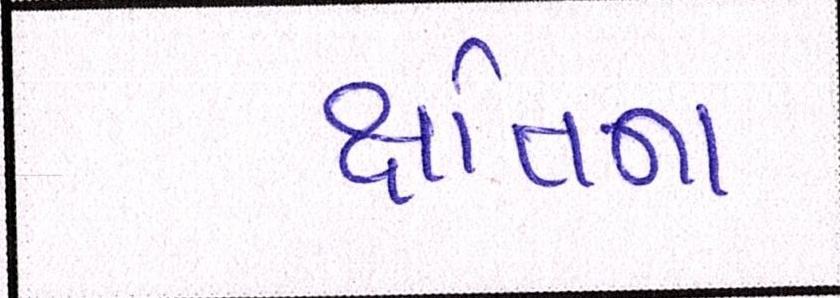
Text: ક્ષતિના